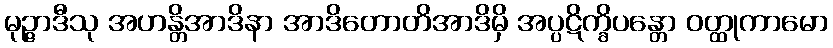
မုဉ္ဇာဒီသု အဟန္တိအာဒိနာ အာဒိတောတိအာဒိမှိ အပ္ပဋိက္ခိပန္တော ဝတ္ထုကာမော